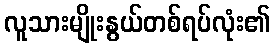
လူသားမျိုးနွယ်တစ်ရပ်လုံး၏